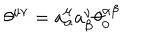
{ \theta } ^ { { \mu } { \nu } } = { a } _ { \alpha } ^ { \mu } { a } _ { \beta } ^ { \nu } { \theta } _ { 0 } ^ { { \alpha } { \beta } }